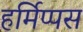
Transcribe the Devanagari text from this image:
हर्मिप्पस